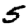
Digit: 5